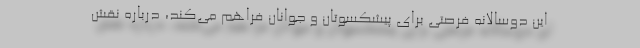
این دوسالانه فرصتی برای پیشکسوتان و جوانان فراهم می‌کند، درباره نقش